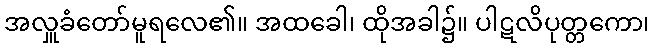
အလှူခံတော်မူရလေ၏။ အထခေါ၊ ထိုအခါ၌။ ပါဋလိပုတ္တကော၊